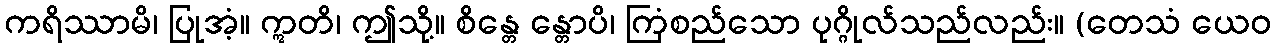
ကရိဿာမိ၊ ပြုအံ့။ ဣတိ၊ ဤသို့။ စိန္တေ န္တောပိ၊ ကြံစည်သော ပုဂ္ဂိုလ်သည်လည်း။ (တေသံ ယေဝ